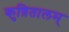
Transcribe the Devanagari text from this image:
कुष़ितालम्